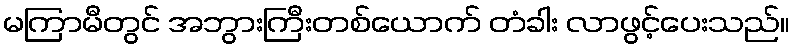
မကြာမီတွင် အဘွားကြီးတစ်ယောက် တံခါး လာဖွင့်ပေးသည်။